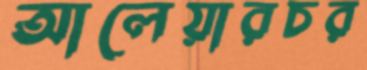
আলেয়ারচর